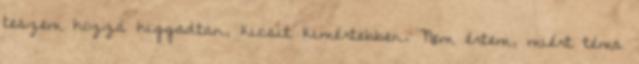
teszem hozzá higgadtan, kicsit kimértebben. Nem értem, miért téma